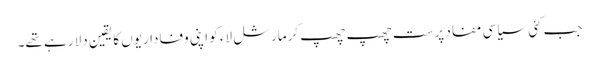
جب کئی سیاسی مفاد پرست چھپ چھپ کرمارشل لاء کو اپنی وفاداریوں کا یقین دلا رہے تھے۔